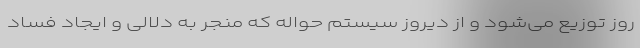
روز توزیع می‌شود و از دیروز سیستم حواله که منجر به دلالی و ایجاد فساد